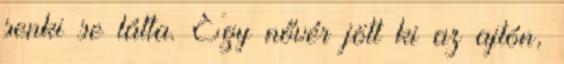
senki se látta. Egy nővér jött ki az ajtón,